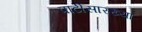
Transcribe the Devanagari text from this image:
पार्टीसारख्या